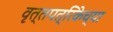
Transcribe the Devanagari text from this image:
वृत्तपत्रिकेच्या